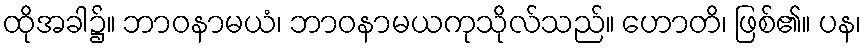
ထိုအခါ၌။ ဘာဝနာမယံ၊ ဘာဝနာမယကုသိုလ်သည်။ ဟောတိ၊ ဖြစ်၏။ ပန၊